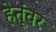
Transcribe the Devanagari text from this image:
हेतूंवर